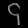
Digit: ၄